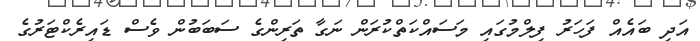
އަދި ބައެއް ފަހަރު ފިލްމުގައި މަސައްކަތްކުރަން ނަގާ ތަރިންގެ ސަބަބުން ވެސް ޑައިރެކްޓަރުގެ